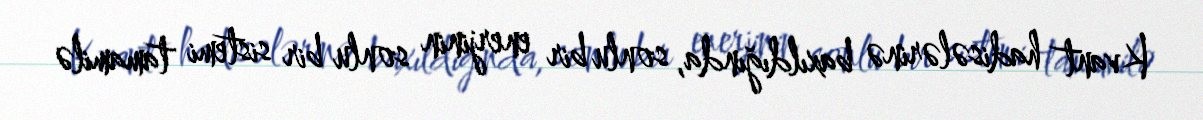
Kvant hadisələrinə baxıldığında, sonlu bir enerjinin sonlu bir sistemi tamamilə